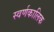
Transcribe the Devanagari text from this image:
स्वर्णकालिक